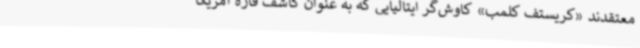
معتقدند «کریستف کلمب» کاوش‌گر ایتالیایی که به عنوان کاشف قاره آمریکا